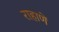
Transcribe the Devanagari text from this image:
राहाणें